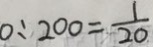
0 : 2 0 0 = \frac { 1 } { 2 0 }